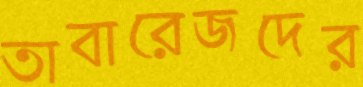
তাবারেজদের